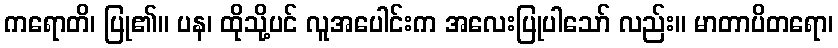
ကရောတိ၊ ပြု၏။ ပန၊ ထိုသို့ပင် လူအပေါင်းက အလေးပြုပါသော် လည်း။ မာတာပိတရော၊